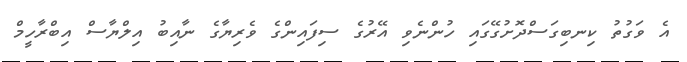
އެ ވަގުތު ކިނބިގަސްދޮށުގޭގައި ހުންނެވި އޭރުގެ ސިފައިންގެ ވެރިޔާގެ ނާއިބު އިލްޔާސް އިބްރާހީމް